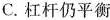
C.杠杆仍平衡